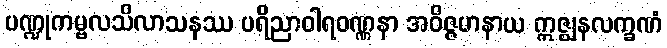
ပဏ္ဍုကမ္ဗလသိလာသနဿ ပရိညာဝါရဝဏ္ဏနာ အဝိဇ္ဇမာနာယ ဣဇ္ဈနလက္ခဏံ